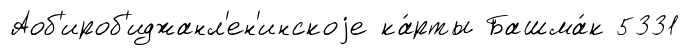
Аоб'ироб'иджанл'ен'инскоjе ка́рты Башма́к 5331